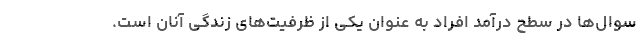
سوال‌ها در سطح درآمد افراد به عنوان یکی از ظرفیت‌های زندگی آنان است.